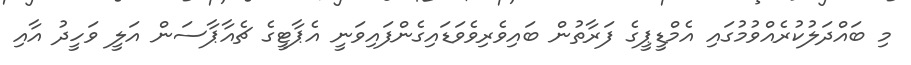
މި ބައްދަލުކުރެއްވުމުގައި އެމްޑީޕީގެ ފަރާތުން ބައިވެރިވެވަޑައިގެންފައިވަނީ އެޕާޓީގެ ޗެއާޕާސަން އަލީ ވަހީދު އާއި